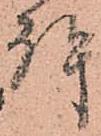
許